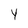
Character: Y